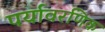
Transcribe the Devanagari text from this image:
पर्यावरणिक